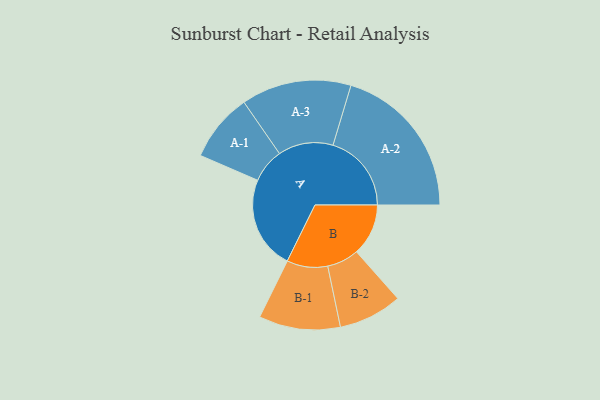
{"axis": {"x": "Segment", "y": "Value"}, "legend": ["", "A", "B"], "data": [{"x": "A", "y": 354, "type": ""}, {"x": "B", "y": 197, "type": ""}, {"x": "A-1", "y": 130, "type": "A"}, {"x": "A-2", "y": 298, "type": "A"}, {"x": "A-3", "y": 209, "type": "A"}, {"x": "B-1", "y": 155, "type": "B"}, {"x": "B-2", "y": 121, "type": "B"}]}